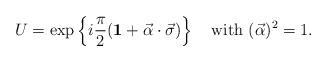
LaTeX: \begin{align*}U = \exp\left\{i\frac{\pi}{2}({\bf 1} + \vec{\alpha}\cdot\vec{\sigma})\right\} \quad {\rm with} \ (\vec{\alpha})^2=1.\end{align*}